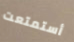
أستمتعت